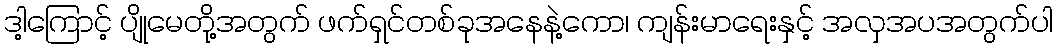
ဒါ့ကြောင့် ပျိုမေတို့အတွက် ဖက်ရှင်တစ်ခုအနေနဲ့ကော၊ ကျန်းမာရေးနှင့် အလှအပအတွက်ပါ